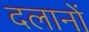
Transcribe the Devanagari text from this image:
दलानों